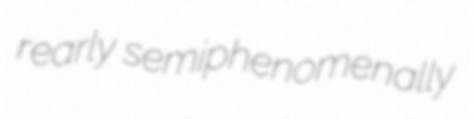
rearly semiphenomenally